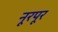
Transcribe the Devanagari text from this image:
नूरपूर